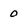
Character: 0